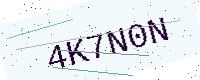
Text: 4K7N0N